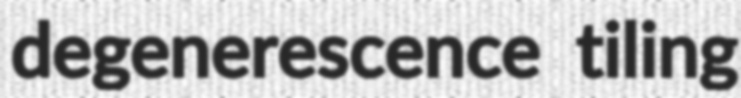
degenerescence tiling